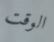
الوقت